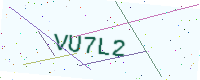
Text: VU7L2